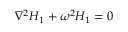
\nabla ^ { 2 } H _ { 1 } + \omega ^ { 2 } H _ { 1 } = 0